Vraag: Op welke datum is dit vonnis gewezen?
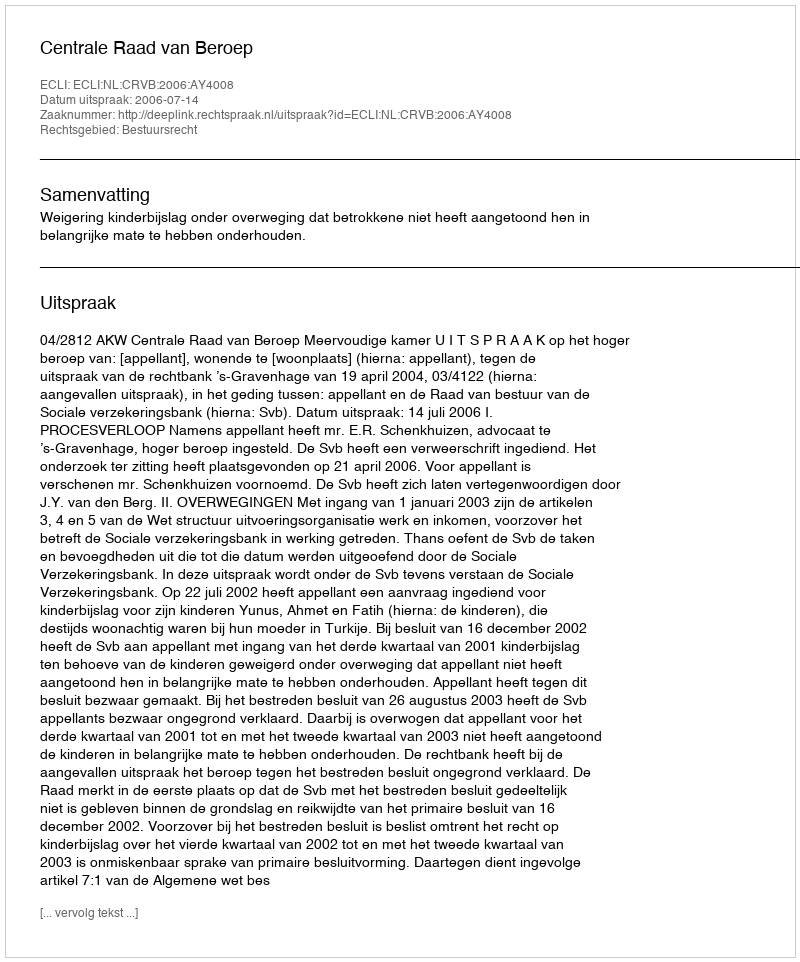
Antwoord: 2006-07-14